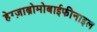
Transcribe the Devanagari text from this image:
हेग्ज़ाब्रोमोबाईफीनाइल